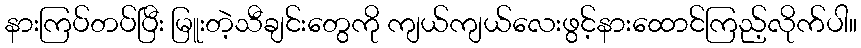
နားကြပ်တပ်ပြီး မြူးတဲ့သီချင်းတွေကို ကျယ်ကျယ်လေးဖွင့်နားထောင်ကြည့်လိုက်ပါ။